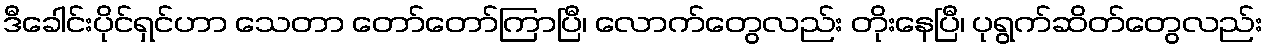
ဒီခေါင်းပိုင်ရှင်ဟာ သေတာ တော်တော်ကြာပြီ၊ လောက်တွေလည်း တိုးနေပြီ၊ ပုရွက်ဆိတ်တွေလည်း